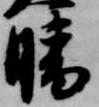
晴